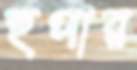
হুপার